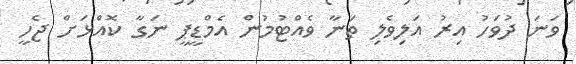
ވަނަ ދުވަހު އިރު އަލިވެލި ތަނާ ވެއްޓުމުން އެމްޑީޕީ ނަގާ ކޮއްޅަށް ޖެހީ